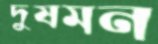
দুষমন